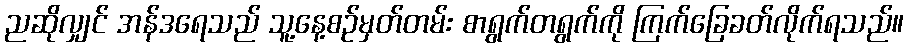
ညဆိုလျှင် အန်ဒရေသည် သူ့နေ့စဉ်မှတ်တမ်း စာရွက်တရွက်ကို ကြက်ခြေခတ်လိုက်ရသည်။